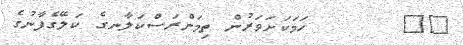
٢٣       ހަމަކަށަވަރުން ތިމަންރަސްކަލާނގެ ކަލޭގެފާނުގެ